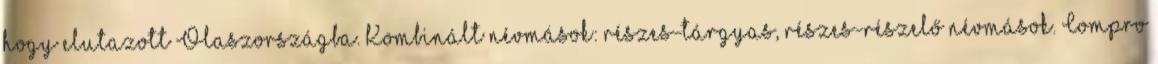
hogy elutazott Olaszországba. Kombinált névmások: részes-tárgyas, részes-részelő névmások. Compro